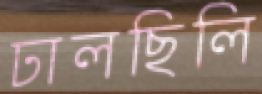
ঢালছিলি